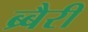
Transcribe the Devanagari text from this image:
ब्र्बैरी